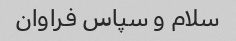
سلام و سپاس فراوان